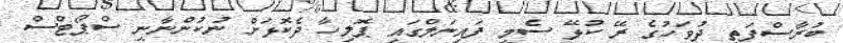
ބުރާސްފަތި ދުވަހުގެ ރޭ ކުޅޭ ސެމީ ފައިނަލްގައި ޕޮލިހާ ދެކޮޅަށް ނުކުންނާނީ ސްޕޯޓްސް